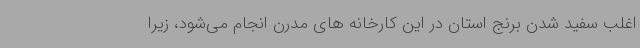
اغلب سفید شدن برنج استان در این کارخانه های مدرن انجام می‌شود، زیرا